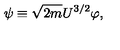
\psi \equiv \sqrt { 2 m } U ^ { 3 / 2 } \varphi ,